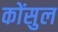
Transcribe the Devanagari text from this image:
कोंसुल